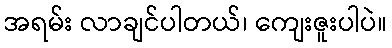
အရမ်း လာချင်ပါတယ်၊ ကျေးဇူးပါပဲ။